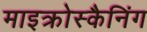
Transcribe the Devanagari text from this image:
माइक्रोस्कैनिंग